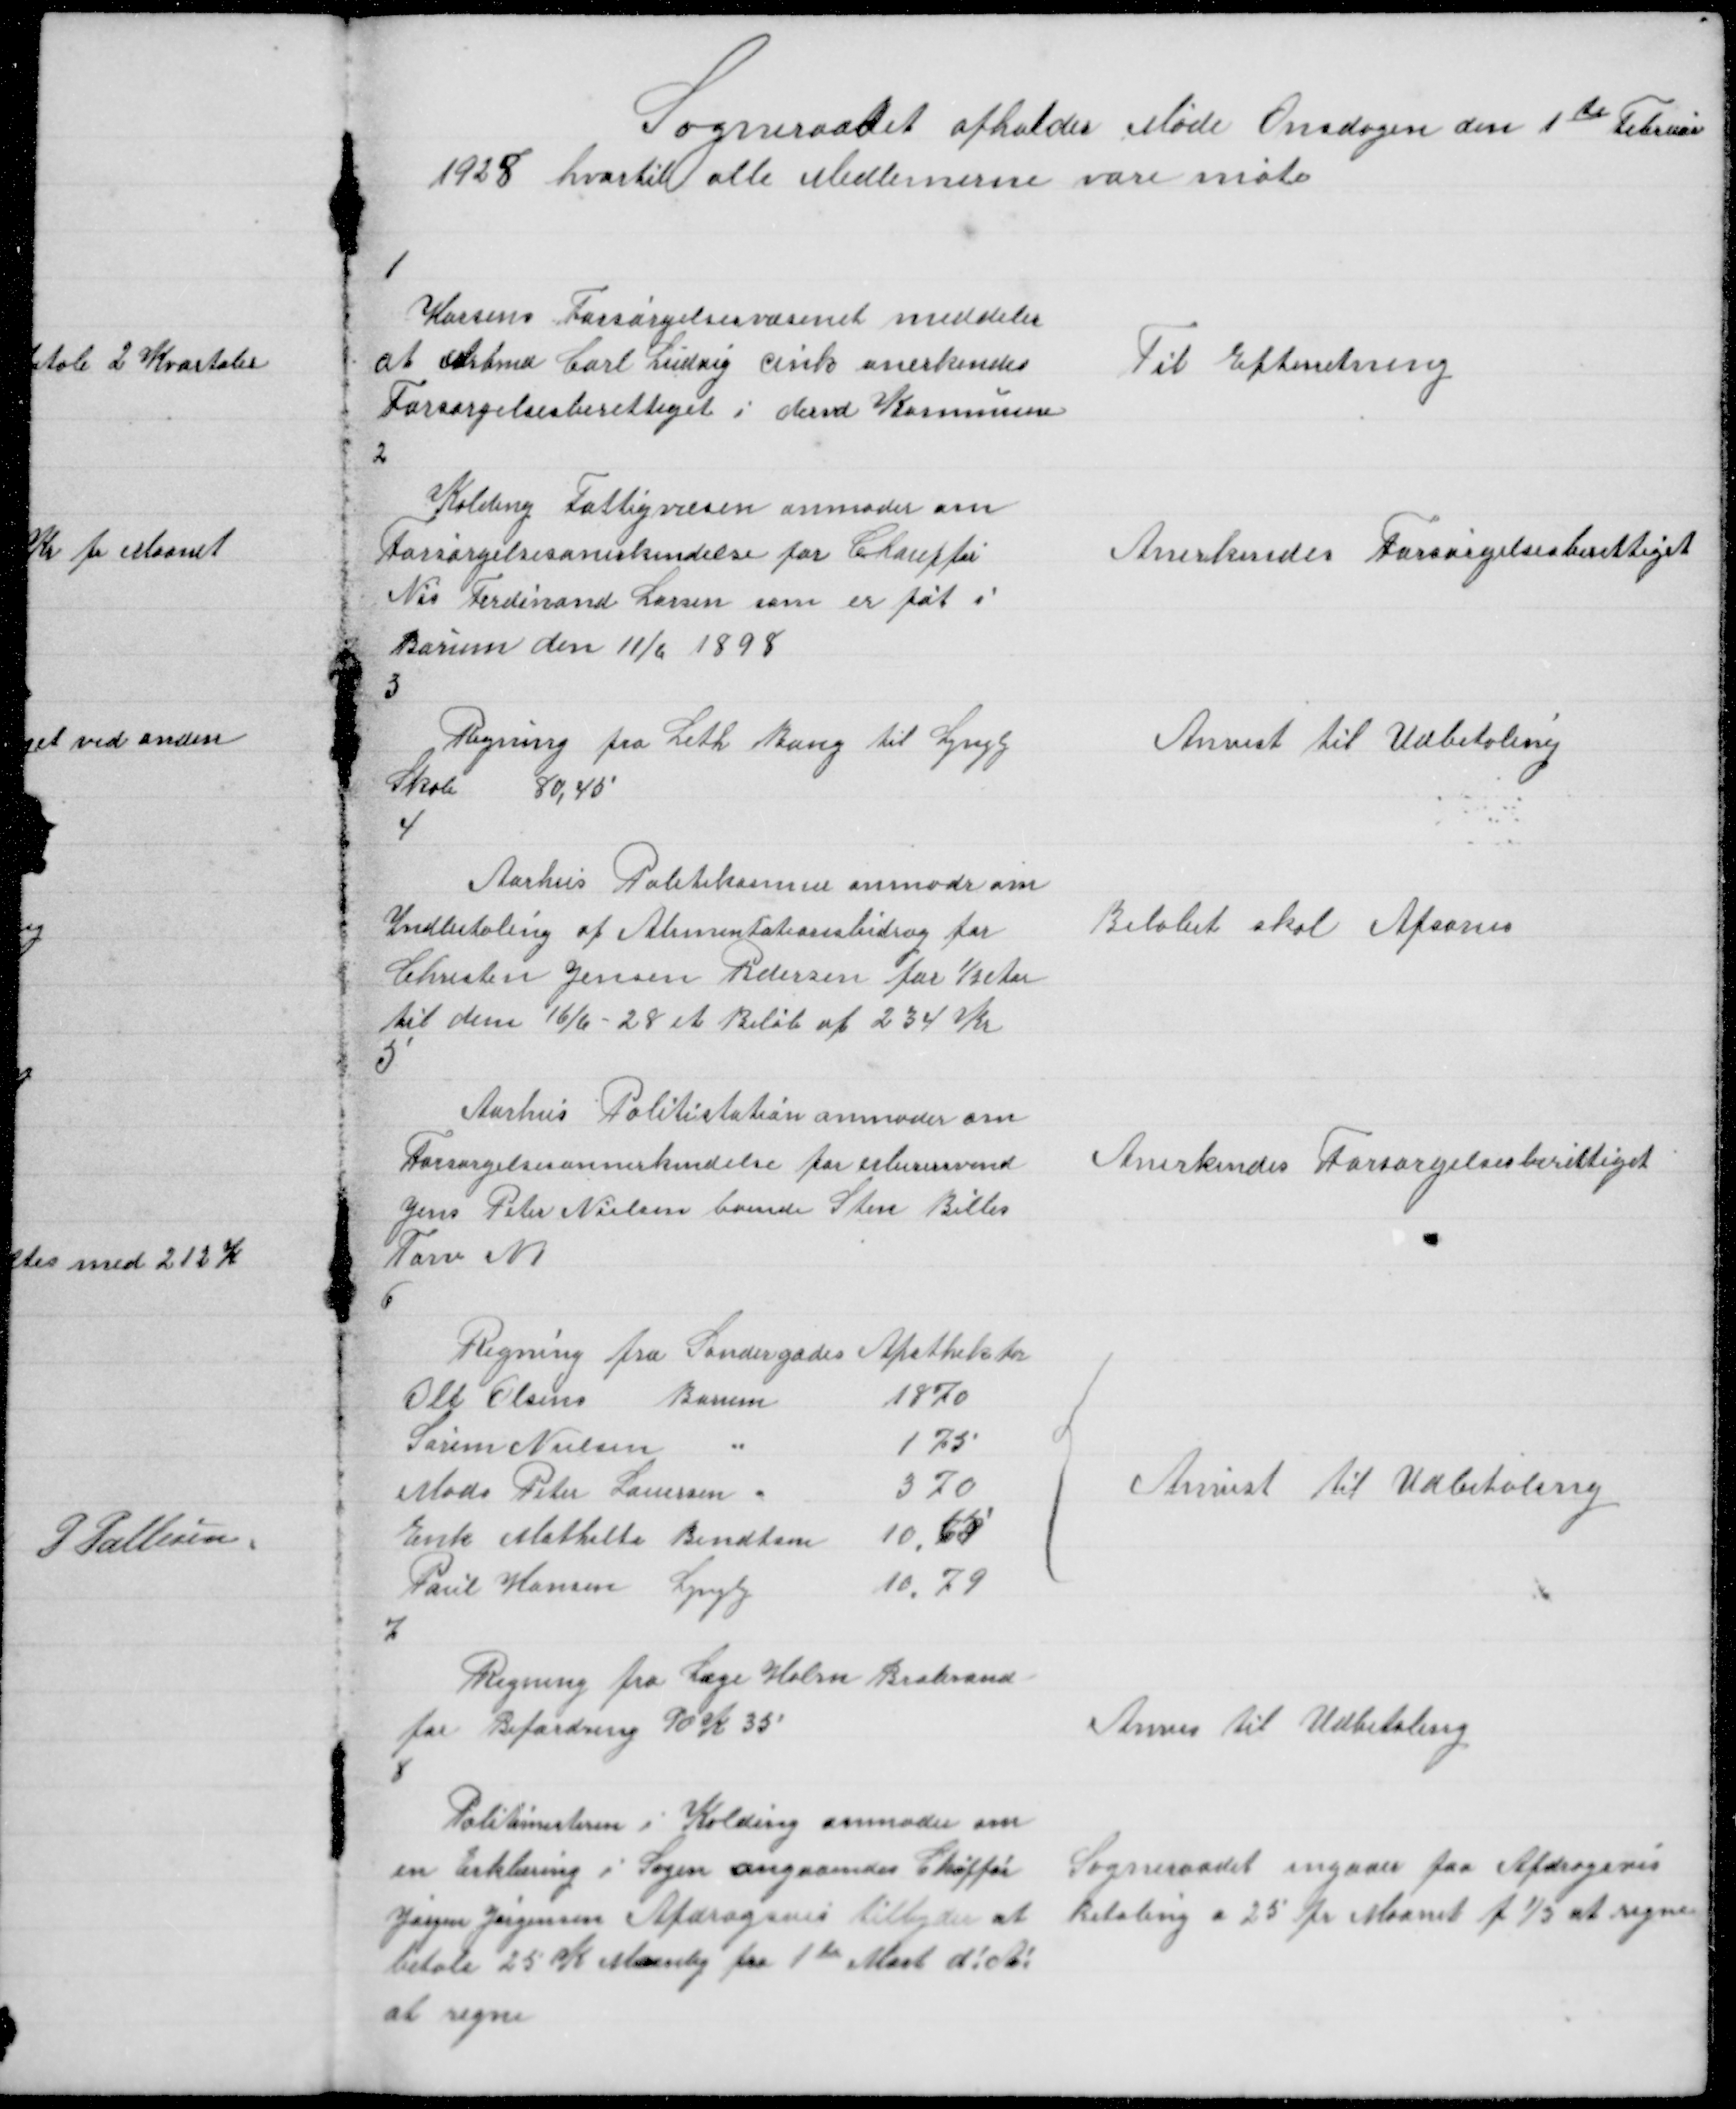
Transskription:
Sogneraadet afholder Møde Onsdagen den 1 te Februar
1928 hvortil alle Medlemerne vare møte

1

Horsens Forsørgelsesvæsenet meddeler
at Arbmd Carl Ludvig Cink anerkendes
Forsørgelsesberettiget i dervd Kommune

Til Efterretning

2

Kolding Fattigvæsen anmoder om
Førsørgelsesanerkendelse for Chauffør
Nis Ferdinand Larsen som er føt i
Borum den 11/6 1898

Anerkendes Forsørgelsesberettiget

3

Regning fra Leth Bang til Lyngby
Skole
80,45

Anvist til Udbetaling

4

Aarhus Politikammer anmoder om
Indbetaling af Alimentationsbidrag for
Chresten Jensen Pedersen for ½ Aar
til den 16/6 - 28 et Beløb af 234 Kr

Beløbet skal Afsones

5

Aarhus Politistation anmoder om
Forsørgelsesannerkendelse for Murersvend
Jens Peter Nielsen boende Sten Billes
Torv N 1

Anerkendes Forsørgelsesberettiget

6

{

Anvist til Udbetaling

7

Regning fra Læge Holm Brabrand
for Befordring 90 K 35

Anvis til Udbetaling

8

Politimesteren i Kolding anmoder om
en Erklæring i Sagen angaaendes Chaffør
Jørgen Jørgensen Afdragsvis tilbyder at
betale 25 K Maanlig fra 1 te Mart d! A!
at regne

Sogneraadet ingaaer paa Afdragsvis
Betaling a 25 pr Maanet f 1/3 at regne